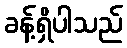
ခန့်ရှိပါသည်